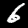
Label: 6